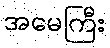
အမေကြီး